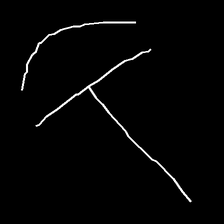
Glyph: dispersion